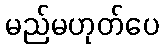
မည်မဟုတ်ပေ